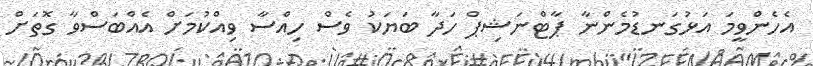
އެހެންވީމަ އަޅުގަނޑުމެންނާ ޕާޓްނަޝިޕް ހަދާ ބަޔަކު ވެސް ހިއްސާ ވިއްކުމަށް އެއްބަސްވާ ގޮތަށް